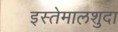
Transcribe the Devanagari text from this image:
इस्तेमालशुदा